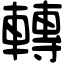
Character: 轉